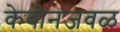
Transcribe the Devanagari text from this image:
केबीनजवळ